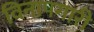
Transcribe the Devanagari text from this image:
विनापगारी